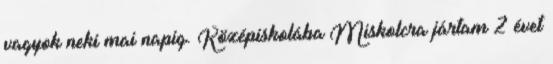
vagyok neki mai napig. Középiskolába Miskolcra jártam 2 évet